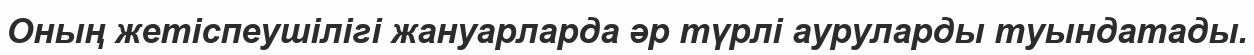
Оның жетіспеушілігі жануарларда әр түрлі ауруларды туындатады.